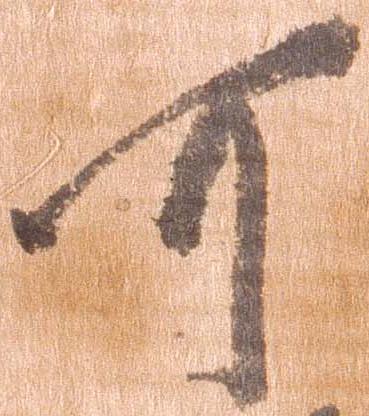
可